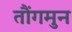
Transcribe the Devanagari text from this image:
तौंगमुन